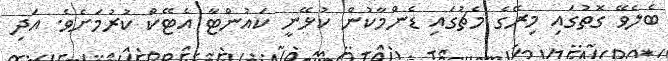
ބެލެވޭ ގޮތުގައި މިރޭގެ މެޗުގައި ޑެންމާކުން ކުޅޭނީ ކައުންޓާ އެޓޭކް ކުރުމަށެވެ. އަދި